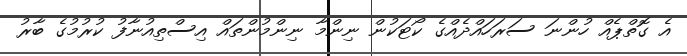
އެ ގޮތްޕެއް ހުންނަ ސަރަހައްދެއްގެ ކޯޓަކުން ނިންމާ ނިންމުންތައް އިސްތިއުނާފު ކުރުމުގެ ބާރު